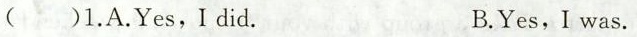
()1.A.Yes, I did. B.Yes, I was.